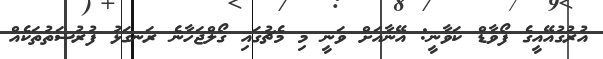
އުރުގުއޭއީގެ ފޯވާޑް ކަވާނީ: އޭނާއަށް ވަނީ މި މެޗުގައި ގޯލްޖަހާނެ ރަނގަޅު ފުރުސަތުތަކެއް